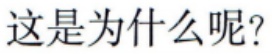
这是为什么呢？